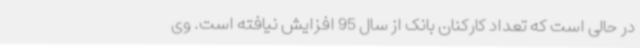
در حالی است که تعداد کارکنان بانک از سال 95 افزایش نیافته است. وی